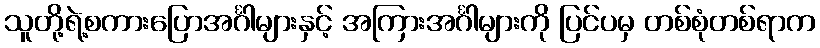
သူတို့ရဲ့စကားပြောအင်္ဂါများနှင့် အကြားအင်္ဂါများကို ပြင်ပမှ တစ်စုံတစ်ရာက